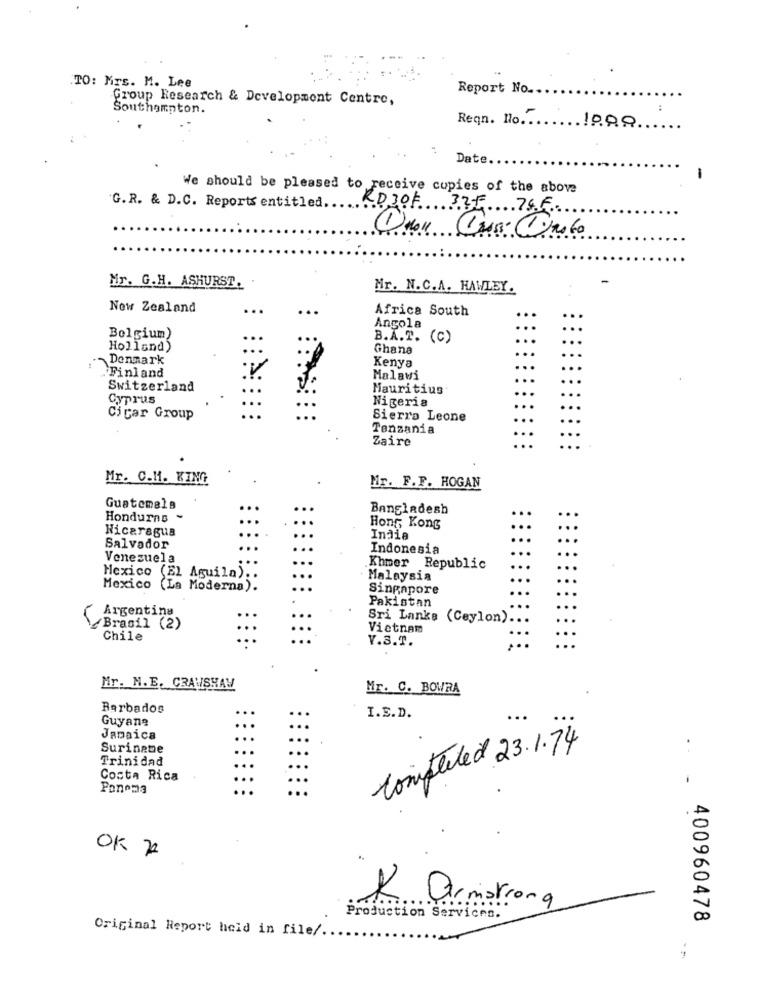
TO: Mrs. M. Lee
Report No ...
Group Research & Development Centre,
Southampton.
Regn. No ..... "
.18.99
Date.
-
We should be pleased to receive copies of the above
G. R. & D.C. Reports entitled.
RD3OF 335 74F.
Mr. G.H. ASHURST.
Mr. N.C.A. HAWLEY.
New Zealand
...
..
Africa South
Angola
Belgium)
...
B.A.T. (C)
Holland)
...
Ghana
Denmark
Kenya
Finland
Malawi
Switzerland
...
Mauritius
Cyprus
Nigeria
...
Cicar Group
Sierra Leone
Tanzania
Zaire
...
Mr. C.M. KING
Hr. F.F. HOGAN
Guatemala
..
Bangladesh
...
Honduras ~
...
..
Nicaragua
Hong Kong
...
...
India
...
Salvador
Indonesia
...
Venezuela
...
Khmer Republic
...
Mexico (El Aguila) ..
Malaysia
Mexico (La Moderna).
Singapore
Pakistan
Argentina
Sri Lanka (Ceylon) ..
Brasil (2)
Vietnam
Chile
...
V.S.T.
Mr. N.E. CRAWSHAW
Mr. C. BOWRA
Barbados
...
Guyane
...
I.E.D.
...
...
Jamaica
...
...
Surinebe
Completed 23.1.74
Trinidad
...
Costa Rica
...
Ponema
OK 7
K armstrong
Production Services.
400960478
Original Report heid in file/ ..